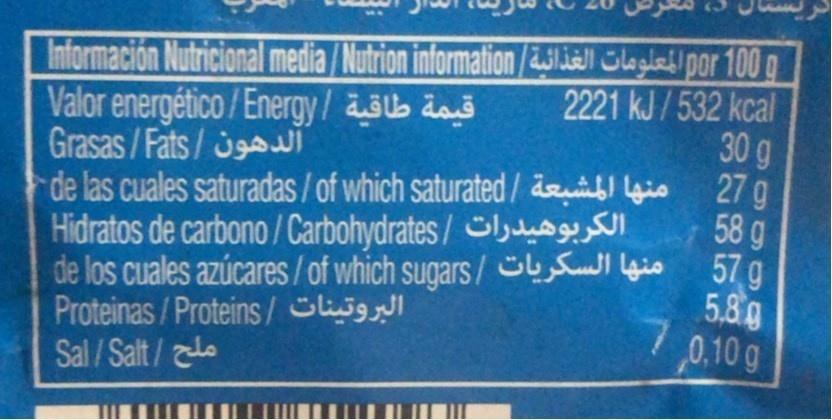
Información Nutricional media /Nutrion information/231i Sloglet)por 100 g 2221 kJ/532 kcal
Valor energético / Energy/ääb äaš Grasas / Fats/
30 g
27 g de las cuales saturadas / of which saturated/ dauinbl Lgio 58 g
Hidratos de carbono / Carbohydrates / Slu
de los cuales azúcares/of which sugars/ Sull lgio 57g 5.8g
Proteinas/Proteins/ Sliiggll Sal / Salt/lo
0.10 g